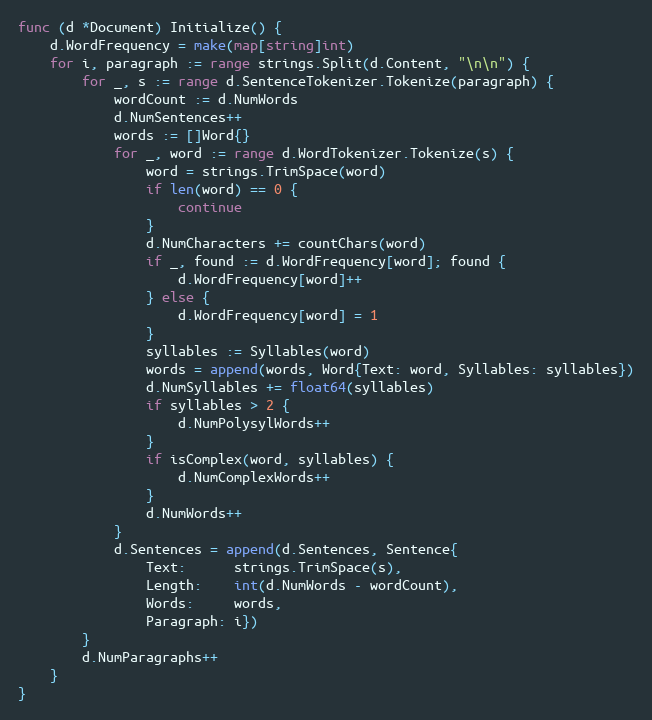
Language: Go
func (d *Document) Initialize() {
	d.WordFrequency = make(map[string]int)
	for i, paragraph := range strings.Split(d.Content, "\n\n") {
		for _, s := range d.SentenceTokenizer.Tokenize(paragraph) {
			wordCount := d.NumWords
			d.NumSentences++
			words := []Word{}
			for _, word := range d.WordTokenizer.Tokenize(s) {
				word = strings.TrimSpace(word)
				if len(word) == 0 {
					continue
				}
				d.NumCharacters += countChars(word)
				if _, found := d.WordFrequency[word]; found {
					d.WordFrequency[word]++
				} else {
					d.WordFrequency[word] = 1
				}
				syllables := Syllables(word)
				words = append(words, Word{Text: word, Syllables: syllables})
				d.NumSyllables += float64(syllables)
				if syllables > 2 {
					d.NumPolysylWords++
				}
				if isComplex(word, syllables) {
					d.NumComplexWords++
				}
				d.NumWords++
			}
			d.Sentences = append(d.Sentences, Sentence{
				Text:      strings.TrimSpace(s),
				Length:    int(d.NumWords - wordCount),
				Words:     words,
				Paragraph: i})
		}
		d.NumParagraphs++
	}
}